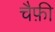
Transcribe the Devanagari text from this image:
चैफ़ी